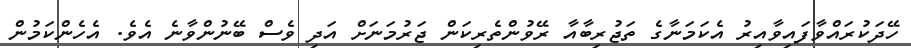
ހޭދަކުރައްވާފައިވާއިރު އެކަމަނާގެ ތަޖުރިބާއާ ރޭވުންތެރިކަން ޖަރުމަނަށް އަދި ވެސް ބޭނުންވާނެ އެވެ. އެހެންކަމުން